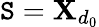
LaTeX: \mathtt{S}=\mathbf{{X}}_{d_{0}}